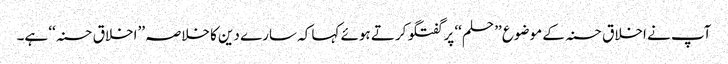
آپ نے اخلاق حسنہ کے موضوع ’’حلم‘‘ پر گفتگو کرتے ہوئے کہا کہ سارے دین کا خلاصہ ’’اخلاق حسنہ‘‘ ہے۔